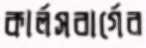
কার্লসবার্গের